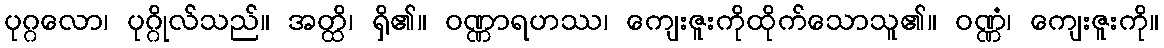
ပုဂ္ဂလော၊ ပုဂ္ဂိုလ်သည်။ အတ္ထိ၊ ရှိ၏။ ဝဏ္ဏာရဟဿ၊ ကျေးဇူးကိုထိုက်သောသူ၏။ ဝဏ္ဏံ၊ ကျေးဇူးကို။